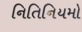
નિતિનિયમો